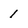
Character: 1